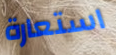
استعارة